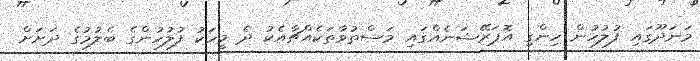
މަނަދޫގައި ފުލުހުން ހިންގި އޮޕަރޭޝަނެއްގައި މަސްތުވާތަކެއްޗާއެކު ދެ މީހަކު ފުލުހުންގެ ބެލުމުގެ ދަށަށް